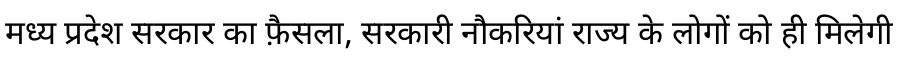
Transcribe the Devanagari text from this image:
मध्य प्रदेश सरकार का फ़ैसला, सरकारी नौकरियां राज्य के लोगों को ही मिलेगी